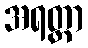
အရတ္တာ